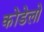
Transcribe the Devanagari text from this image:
कोंडेलो